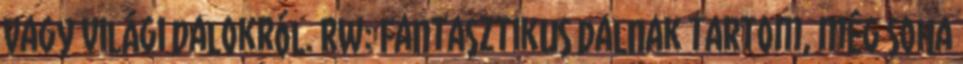
vagy világi dalokról. RW: Fantasztikus dalnak tartom, még soha